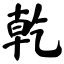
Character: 乾